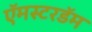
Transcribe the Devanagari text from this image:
ऍमस्टरडॅम